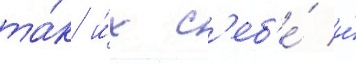
та́к и́х с'еб'е́ и́